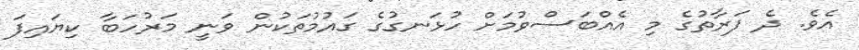
އެވެ. ދެ ފަރާތުގެ މި އެއްބަސްވުމަށް ހުޅަނގުގެ ގައުމުތަކުން ވަނީ މަރުހަބާ ކިޔައިފަ